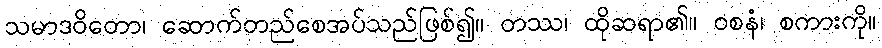
သမာဒဝိတော၊ ဆောက်တည်စေအပ်သည်ဖြစ်၍။ တဿ၊ ထိုဆရာ၏။ ဝစနံ၊ စကားကို။